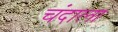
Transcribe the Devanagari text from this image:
चंदाला